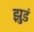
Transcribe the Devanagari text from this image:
झुडं